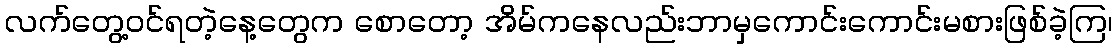
လက်တွေ့ဝင်ရတဲ့နေ့တွေက စောတော့ အိမ်ကနေလည်းဘာမှကောင်းကောင်းမစားဖြစ်ခဲ့ကြ၊